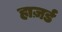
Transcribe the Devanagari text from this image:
हाज़र्ड